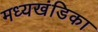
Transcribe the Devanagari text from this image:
मध्यखंडिका